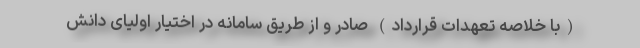
(با خلاصه تعهدات قرارداد) صادر و از طریق سامانه در اختیار اولیای دانش